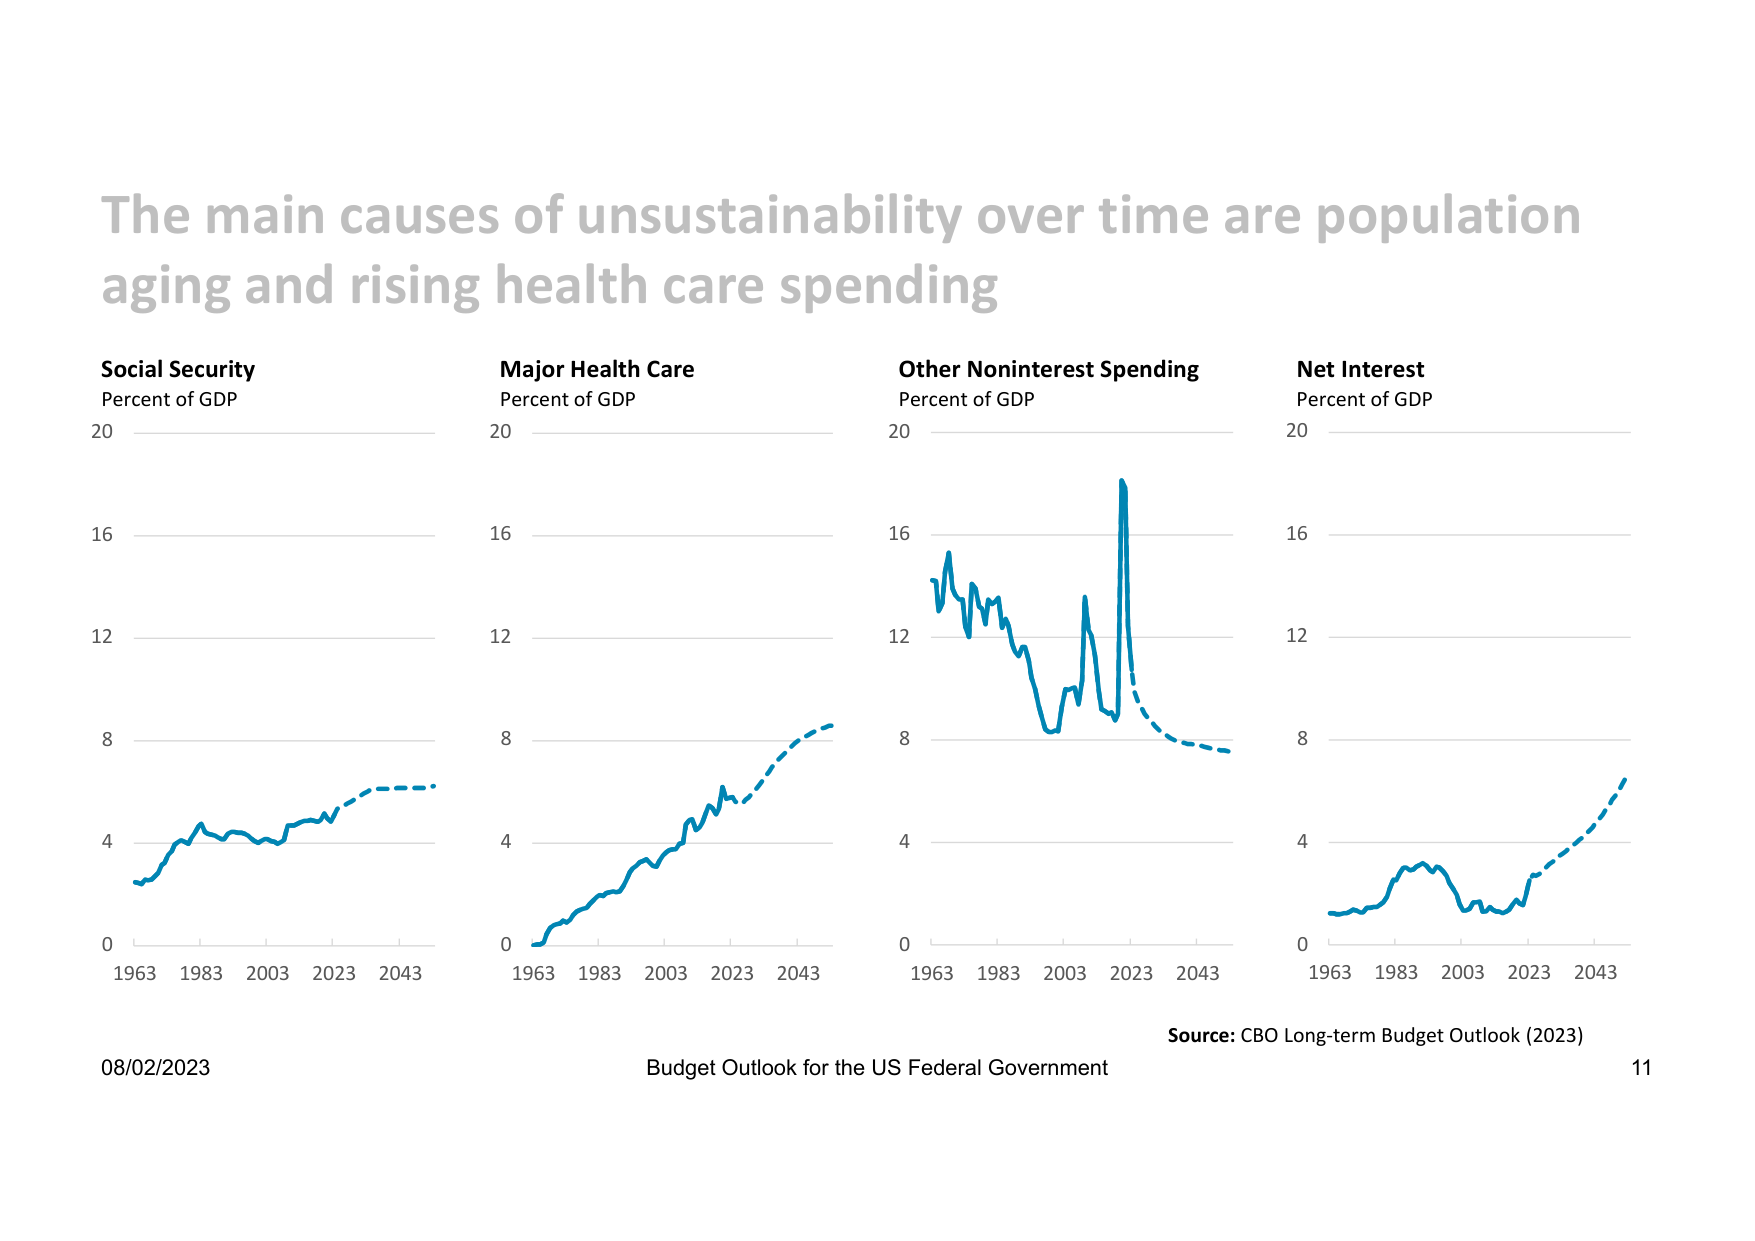
The main causes of unsustainability over time are population aging and rising health care spending

Social Security
Percent of GDP
20
16
12
8
4
0
1963 1983 2003 2023 2043

Major Health Care
Percent of GDP
20
16
12
8
4
0
1963 1983 2003 2023 2043

Other Noninterest Spending
Percent of GDP
20
16
12
8
4
0
1963 1983 2003 2023 2043

Net Interest
Percent of GDP
20
16
12
8
4
0
1963 1983 2003 2023 2043

Source: CBO Long-term Budget Outlook (2023)

08/02/2023
Budget Outlook for the US Federal Government
11